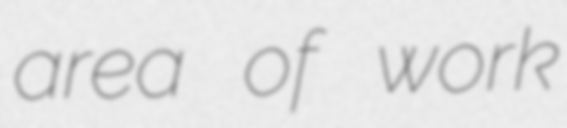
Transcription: area of work